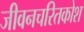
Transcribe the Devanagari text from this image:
जीवनचरितकोश